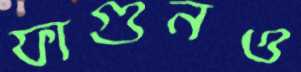
ফাগুনও